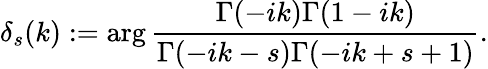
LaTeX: \delta_{s}(k):=\arg\frac{\Gamma(-ik)\Gamma(1-ik)}{\Gamma(-ik-s)\Gamma(-ik+s+1)}.